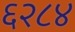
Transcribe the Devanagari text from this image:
६२८४